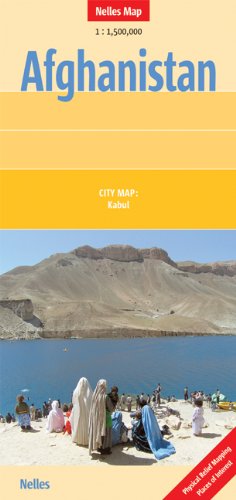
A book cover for Afghanistan Nelles map (Nelles Maps) 1:1,500,000 (English, French, Italian and German Edition); Nelles Verlag; Travel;